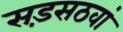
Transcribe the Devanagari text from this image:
सड़सठवां